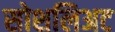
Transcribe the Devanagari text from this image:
सोशलिअट